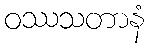
ဝဿသတာနံ